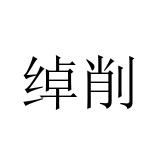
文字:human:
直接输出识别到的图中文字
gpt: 绰削